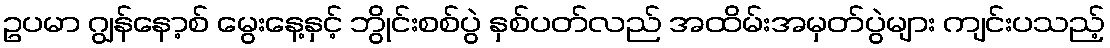
ဥပမာ ဂျွန်နော့စ် မွေးနေ့နှင့် ဘွိုင်းစစ်ပွဲ နှစ်ပတ်လည် အထိမ်းအမှတ်ပွဲများ ကျင်းပသည့်